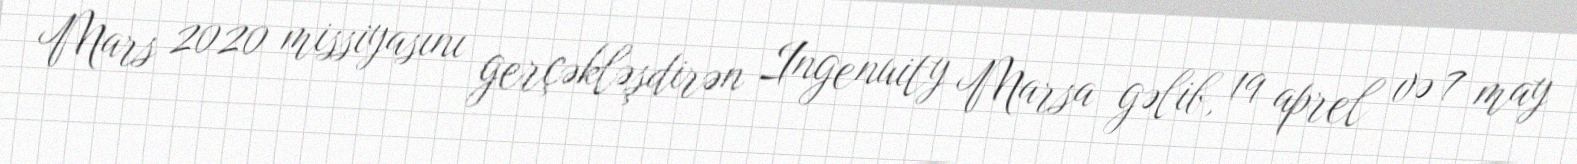
Mars 2020 missiyasını gerçəkləşdirən Ingenuity Marsa gəlib, 19 aprel və 7 may